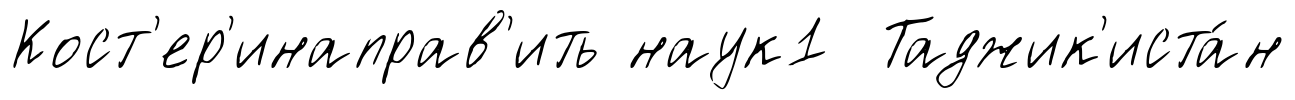
Кост'ер'инаправ'ить наук1 Таджик'иста́н